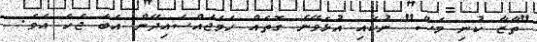
"ތާޒާ ކުނި މަސް" ނުކައި އުޅެވޭނެ ގޮތެއް ހަމަޖައްސައިދޭން އެބަ ޖެހެ އެވެ.